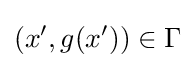
(x',g(x'))\in \Gamma